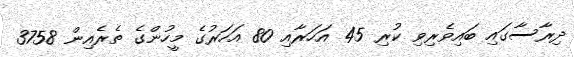
ދިރާސާގައި ބައިވެރިވި ކުރި 45 އަހަރާއި 80 އަހަރުގެ މީހުންގެ ތެރެއިން 3758